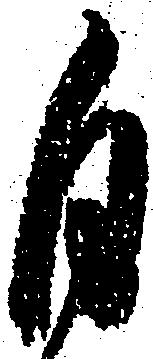
自